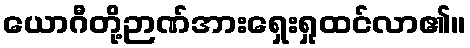
ယောဂီတို့ဉာဏ်အားရှေးရှုထင်လာ၏။